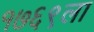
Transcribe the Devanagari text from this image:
१७६९ला